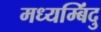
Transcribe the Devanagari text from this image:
मध्यम्बिंदु